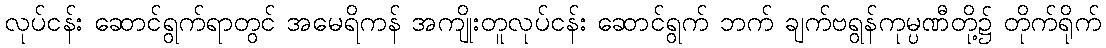
လုပ်ငန်း ဆောင်ရွက်ရာတွင် အမေရိကန် အကျိုးတူလုပ်ငန်း ဆောင်ရွက် ဘက် ချက်ဗရွန်ကုမ္ပဏီတို့၌ တိုက်ရိုက်